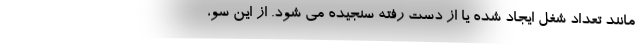
مانند تعداد شغل ایجاد شده یا از دست رفته سنجیده می شود. از این سو،